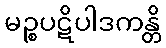
မဉ္စပဋိပါဒကန္တိ